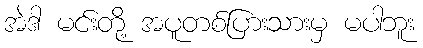
အဲဒါ မင်းတို့ အပူတစ်ပြားသားမှ မပါဘူး